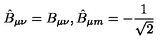
\hat { B } _ { \mu \nu } = B _ { \mu \nu } , \hat { B } _ { \mu m } = - \frac { 1 } { \sqrt { 2 } }